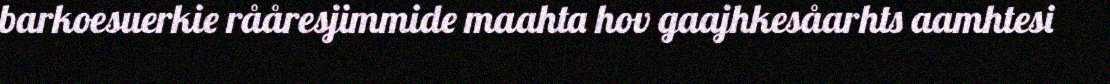
barkoesuerkie rååresjimmide maahta hov gaajhkesåarhts aamhtesi